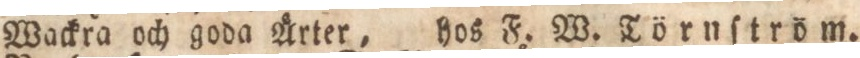
Wackra och goda Årter, hos F. W. Törnſtröm.